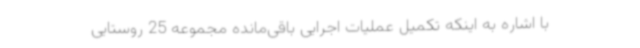
با اشاره به اینکه تکمیل عملیات اجرایی باقی‌مانده مجموعه 25 روستایی